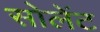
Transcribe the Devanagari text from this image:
सोलेंट